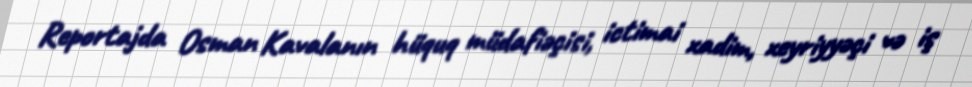
Reportajda Osman Kavalanın hüquq müdafiəçisi, ictimai xadim, xeyriyyəçi və iş